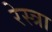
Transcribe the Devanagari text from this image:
रेस्त्रा